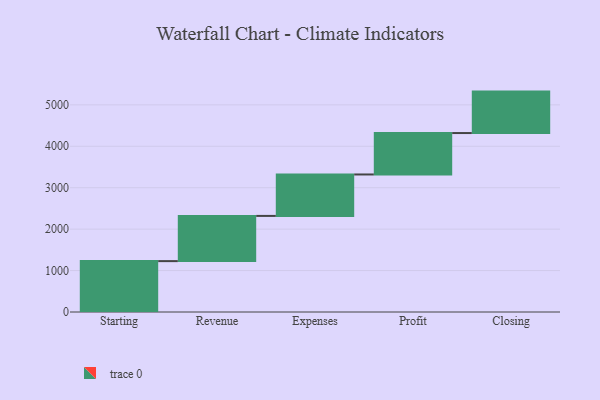
{"axis": {"x": "Step", "y": "Value"}, "legend": [""], "data": [{"x": "Starting", "y": 1228.0, "type": ""}, {"x": "Revenue", "y": 1091.0, "type": ""}, {"x": "Expenses", "y": 1000, "type": ""}, {"x": "Profit", "y": 1000, "type": ""}, {"x": "Closing", "y": 1000, "type": ""}]}